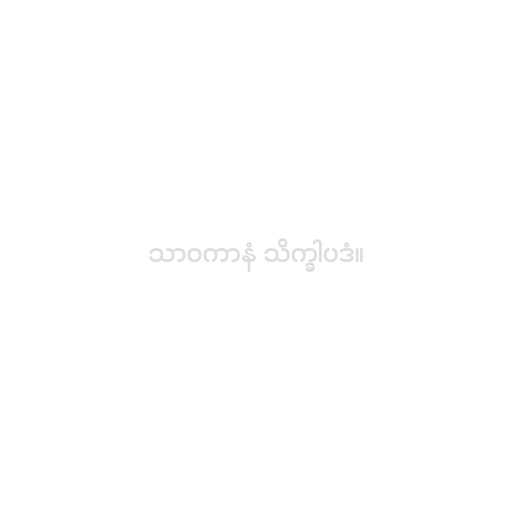
သာဝကာနံ သိက္ခါပဒံ။